Annual report of the Punjab Veterinary College and of the Civil Veterinary Department, Punjab - 1894-1908
Year: 1894
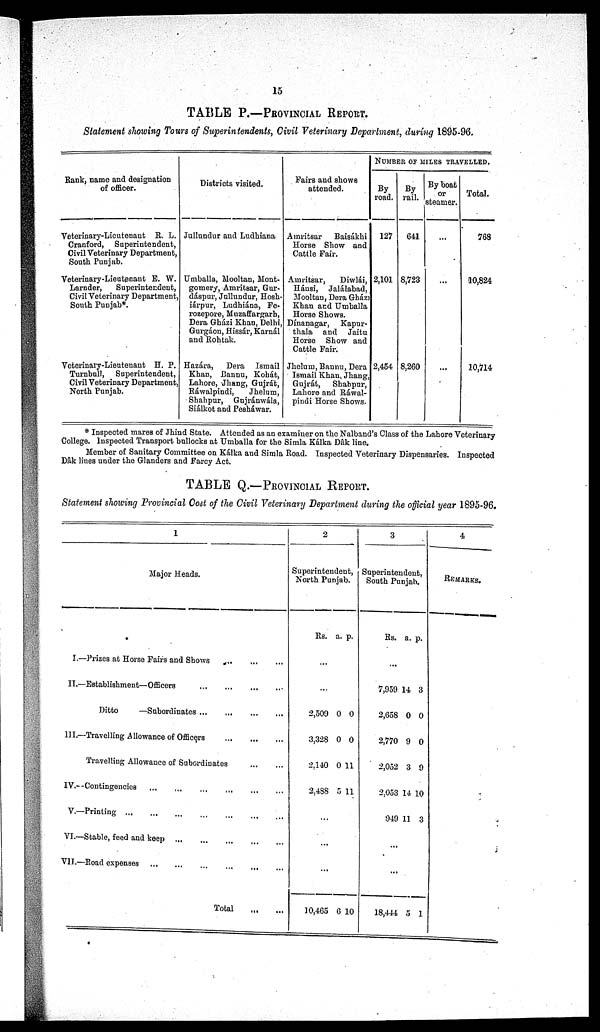
15
TABLE P.—PROVINCIAL REPORT.
Statement showing Tours of Superintendents, Civil Veterinary Department, during 1895-96.
Rank, name and designation
of officer.
Veterinary-Lieutenant R. L.
Cranford,
Superintendent,
Civil Veterinary Department,
South Punjab.
Veterinary-Lieutenant E. W.
Larnder,
Superintendent,
Civil Veterinary Department,
South Punjab*.
Veterinary-Lieutenant H. P.
Turnbull,
Superintendent,
Civil Veterinary Department,
North Punjab.
Districts visited.
Jullundur and Ludhiana
Umballa, Mooltan, Mont-
gomery, Amritsar, Gur-
dáspur, Jullundur, Hosh-
iárpur, Ludhiána, Fe-
rozepore, Muzaffargarh,
Dera Gházi Khan, Delhi,
Gurgáon, Hissár, Karnál
and Rohtak.
Hazára,
Dera
Ismail
Khan, Bannu, Kohát,
Lahore, Jhang, Gujrát,
Ráwalpindi,
Jhelum,
Shahpur,
Gujránwála,
Siálkot and Pesháwar.
Fairs and shows
attended.
Amritsar
Baisákhi
Horse Show and
Cattle Fair.
Amritsar,
Diwlái,
Hánsi, Jalálabad,
Mooltan, Dera Gház
Khan and Umballa
Horse Shows.
Dínanagar,
Kapur-
thala and Jaitu
Horse Show and
Cattle Fair.
Jhelum, Bannu, Dera
Ismail Khan, Jhang,
Gujrát,
Shahpur,
Lahore and Ráwal-
pindi Horse Shows.
NUMBER OF MILES TRAVELLED.
By
road.
127
2,101
2,454
By
rail.
641
8,723
8,260
By boat
or
steamer.
...
...
...
Total.
768
10,824
10,714
* Inspected mares of Jhind State. Attended as an examiner on the Nalband's Class of the Lahore Veterinary
College. Inspected Transport bullocks at Umballa for the Simla Kálka Dak line.
Member of Sanitary Committee on Kálka and Simla Road. Inspected Veterinary Dispensaries. Inspected
Dâk lines under the Glanders and Farcy Act.
TABLE Q.-PROVINCIAL REPORT.
Statement showing Provincial Cost of the Civil Veterinary Department during the official year 1895-96.
1
Major Heads.
I.—Prizes at Horse Fairs and Shows ... ... ... ...
II.—Establishment—Officers
...
...
...
...
Ditto
—Subordinates
...
...
...
III.—Travelling Allowance of Officers
...
...
...
Travelling Allowance of Subordinates
...
...
IV.--Contingencies ... ... ...
V.—Printing
...
...
...
...
...
VI.—Stable, feed and keep ... ... ... ...
VII.—Road expenses ... ... ... ... ...
Total
...
...
2
Superintendent,
North Punjab.
Rs. a. p.
...
...
2,509
3,328
2.140
2,488
0
0
0
5
0
0
11
11
...
...
...
10,465 6 10
3
Superintendent,
South Pujab.
Rs. a. p.
...
7,959
2,658
2,770
2,052
2,053
949
14
0
9
3
14
11
3
0
0
9
10
3
...
...
18,444 5 1
4
REMARKS.